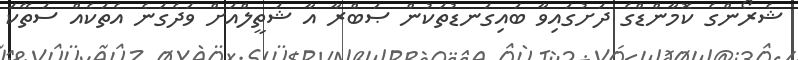
ޝެރޯންގެ ކޮމާންޑްގެ ދަށުގައިވާ ބައިގަނޑުތަކުން ޞަބްރާ އާ ޝަތީލްއަށް ވަދެގަނެ އެތަކެއް ސަތޭކަ